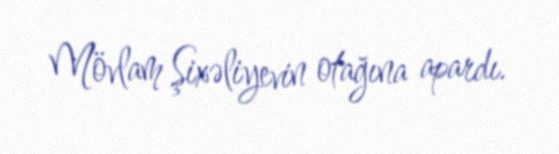
Mövlam Şixəliyevin otağına apardı.